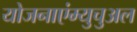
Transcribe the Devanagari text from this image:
योजनाएंम्युचुअल